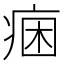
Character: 𭼐